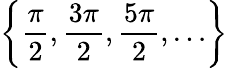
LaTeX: \left\{ {\frac{\pi}{2}},{\frac{3\pi}{2}},{\frac{5\pi}{2}},\ldots\right\}